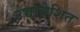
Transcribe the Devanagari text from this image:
उच्चावेशित